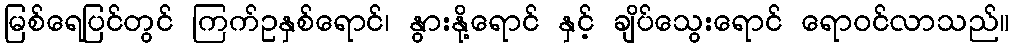
မြစ်ရေပြင်တွင် ကြက်ဥနှစ်ရောင်၊ နွားနို့ရောင် နှင့် ချိပ်သွေးရောင် ရောဝင်လာသည်။